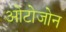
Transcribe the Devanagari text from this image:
ओटोजोन